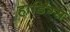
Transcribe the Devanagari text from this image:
हार्डिंग्स